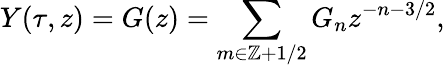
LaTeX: Y(\tau,z)=G(z)=\sum_{m\in\mathbb{Z}+1/2}G_{n}z^{-n-3/2},